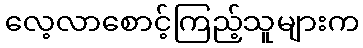
လေ့လာစောင့်ကြည့်သူများက